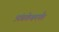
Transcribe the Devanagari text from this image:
त्र्यंबकेश्वपर्यंत